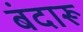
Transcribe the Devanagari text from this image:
बंदारू